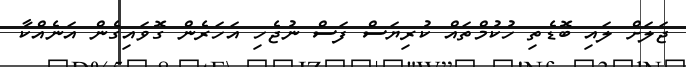
ޖަލަށް ލައި ބޮޑެތި ހުކުމްތައް ކުރިޔަސް ފަސް ނުޖެހި އަހަރެން ގޮވައިގެން އަނެއްކާ